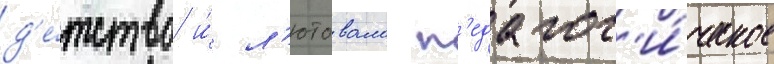
д'е́тство и́ л'ютовало п'едагог'и́ческое